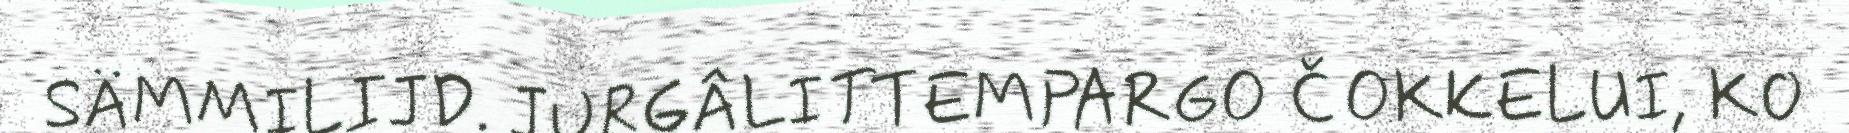
SÄMMILIJD. JURGÂLITTEMPARGO ČOKKELUI, KO